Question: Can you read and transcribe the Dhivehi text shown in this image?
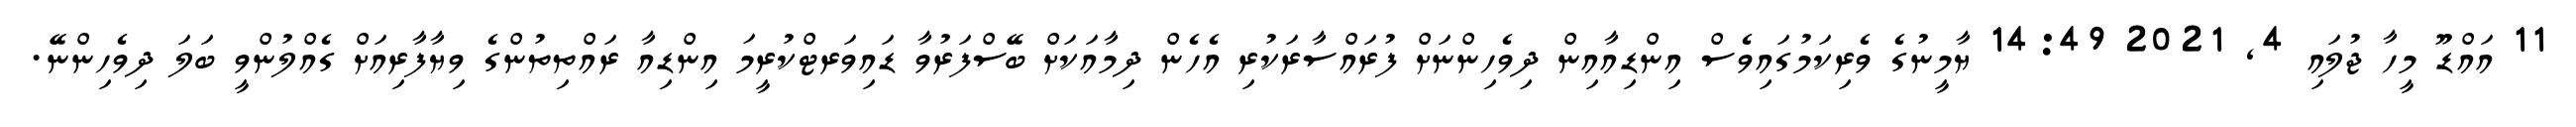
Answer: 11 އައްޑޫ މީހާ ޖުލައި 4, 2021 14:49 ޔާމީނުގެ ވެރިކަމުގައިވެސް އިންޑިއާއިން ދިވެހިންނަށް ފުރައްސާރަކުރި އެހެން ދިމާއަކަށް ބޭސްފަރުވާ ޑައިވަރޓްކުރީމަ އިންޑިއާ ރައްތިތުންގެ ވިޔާފާރިއަށް ގެއްލުންވީ ބަލަ ދިވެހިންނޭ.